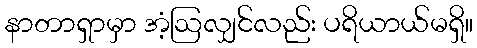
နာတာရှာမှာ အံ့ဩလျှင်လည်း ပရိယာယ်မရှိ။